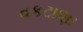
વકટાણા